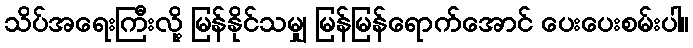
သိပ်အရေးကြီးလို့ မြန်နိုင်သမျှ မြန်မြန်ရောက်အောင် ပေးပေးစမ်းပါ။